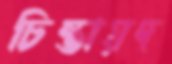
চিন্তায়দ